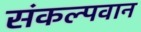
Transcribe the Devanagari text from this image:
संकल्पवान